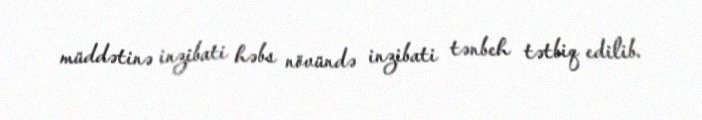
müddətinə inzibati həbs növündə inzibati tənbeh tətbiq edilib.